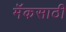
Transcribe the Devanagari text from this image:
मॅकसाठी